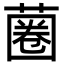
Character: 蔨